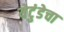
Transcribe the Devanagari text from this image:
येटुंडेचा